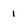
Character: 1